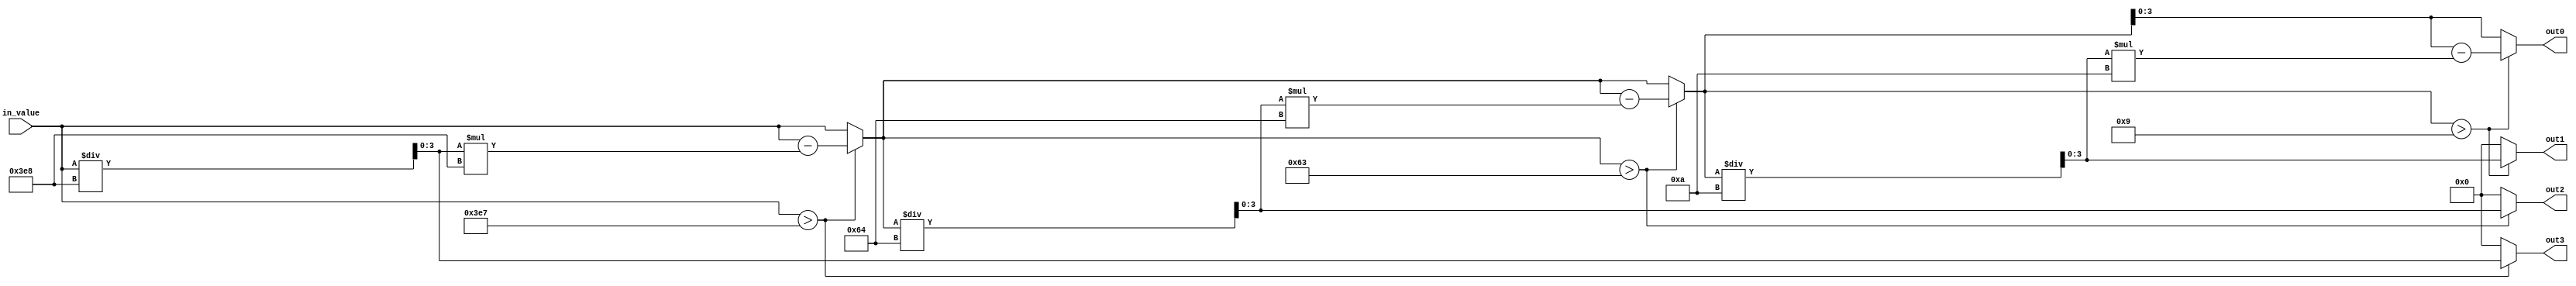
// digit splitter
// splits an input signal into 4 output signals
// value -> thousands hundreds tens ones

module digit_splitter(in_value, out0, out1, out2, out3);

   input [13:0] in_value;		// about 16k max, needed to be over 10k

   output [3:0] out0, out1, out2, out3;
	
   reg [13:0] temp;
   reg [3:0] t0, t1, t2, t3;

   always@(in_value) begin
      temp = in_value;
      if (temp > 999) begin
         t3 = temp/1000;
         temp = temp - t3*1000;
      end
      else 
         t3 = 0;
      if (temp > 99) begin
         t2 = temp/100;
         temp = temp - t2*100;
      end
      else 
         t2 = 0;
      if (temp > 9) begin
         t1 = temp/10;
         temp = temp - t1*10;
      end
      else 
         t1 = 0;
      t0 = temp;
   end

   assign out0 = t0;
   assign out1 = t1;
   assign out2 = t2;
   assign out3 = t3;

endmodule